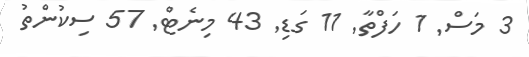
3 މަސް